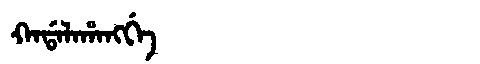
Manchu: ᡴᠠᡩᠠᠯᠠᡥᠠᠩᡤᡝ
Romanization: KADALAHANGGE